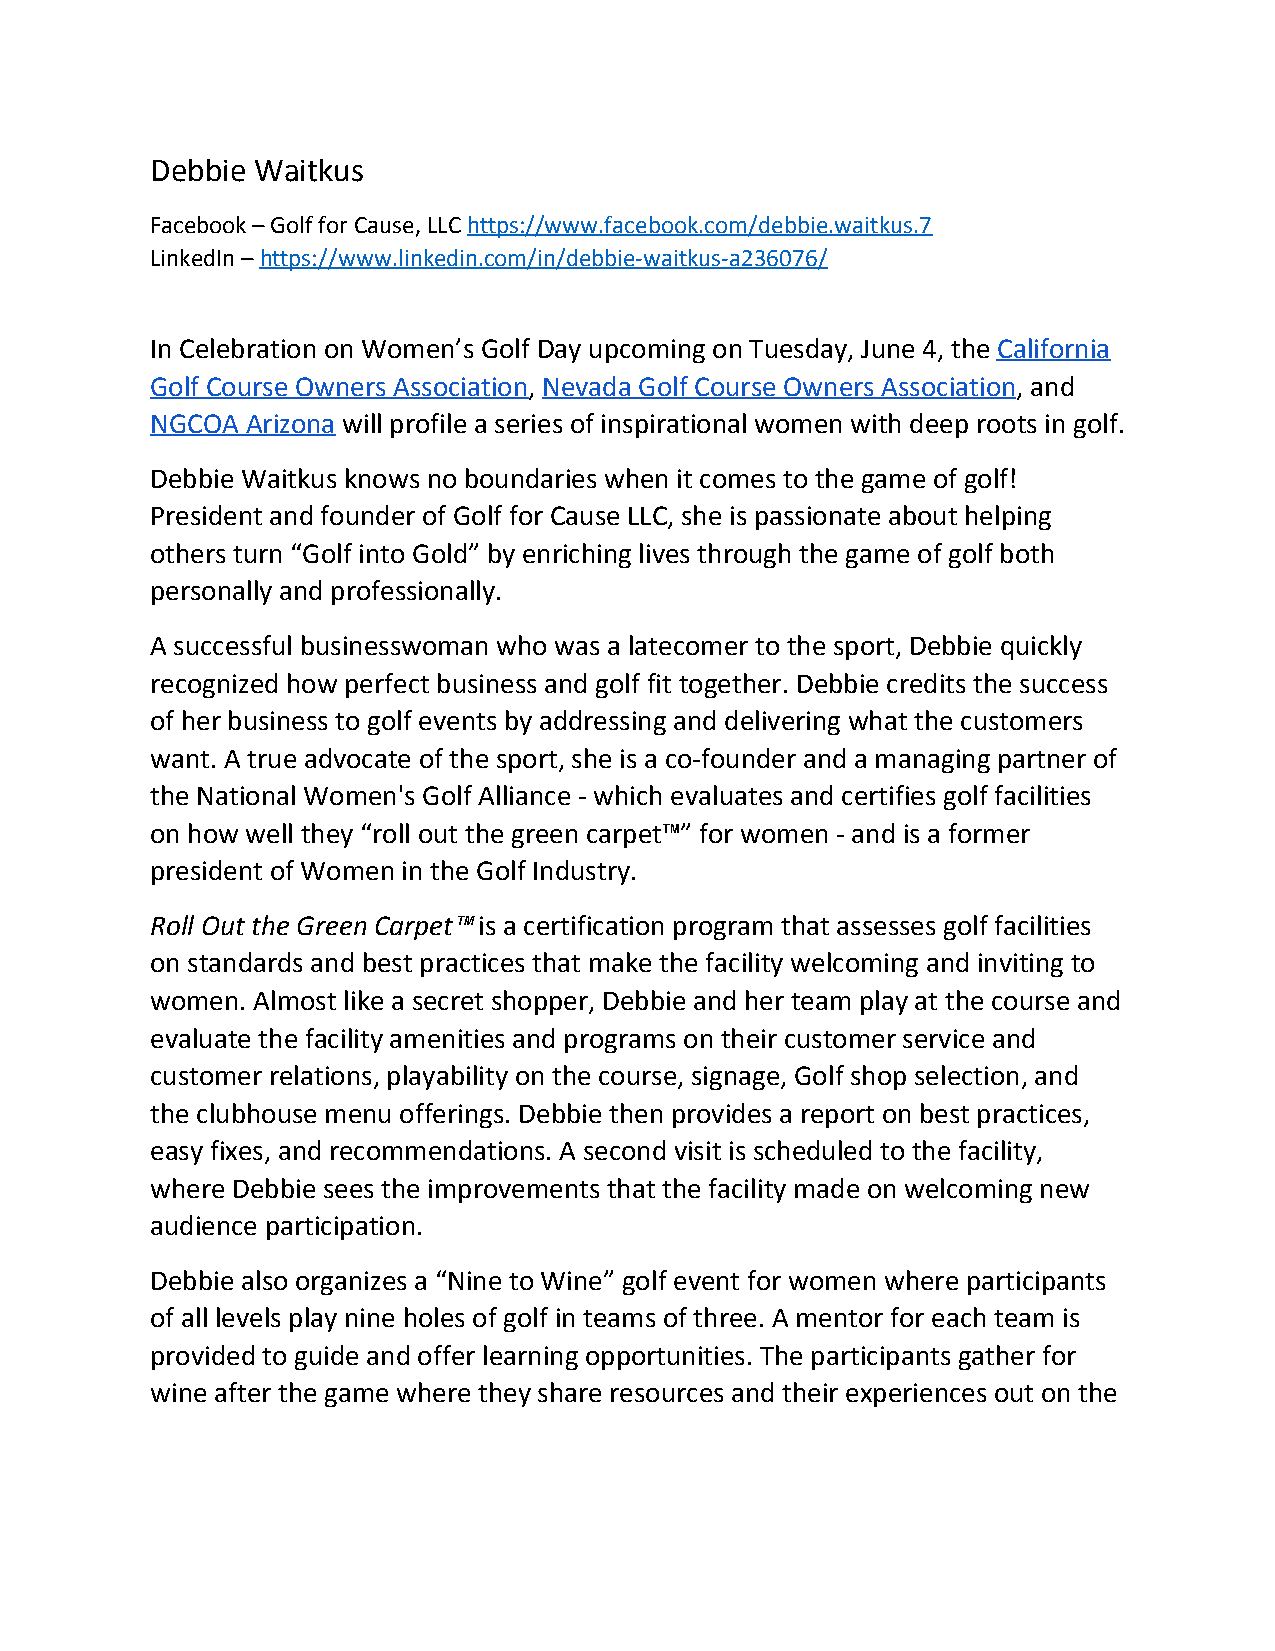
Debbie Waitkus
 Facebook – Golf for Cause, LLC https://www.facebook.com/debbie.waitkus.7
 ​
 LinkedIn – https://www.linkedin.com/in/debbie-waitkus-a236076/
 ​
 In Celebration on Women’s Golf Day upcoming on Tuesday, June 4, the California
 ​ ​
 Golf Course Owners Association, Nevada Golf Course Owners Association, and
 ​ ​ ​                           ​
 NGCOA Arizona will profile a series of inspirational women with deep roots in golf.
 ​
 Debbie Waitkus knows no boundaries when it comes to the game of golf!
 President and founder of Golf for Cause LLC, she is passionate about helping
 others turn “Golf into Gold” by enriching lives through the game of golf both
 personally and professionally.
 A successful businesswoman who was a latecomer to the sport, Debbie quickly
 recognized how perfect business and golf fit together. Debbie credits the success
 of her business to golf events by addressing and delivering what the customers
 want. A true advocate of the sport, she is a co-founder and a managing partner of
 the National Women's Golf Alliance - which evaluates and certifies golf facilities
 on how well they “roll out the green carpet ” for women - and is a former
 ™
 president of Women in the Golf Industry.
 Roll Out the Green Carpet is a certification program that assesses golf facilities
 ™​
 on standards and best practices that make the facility welcoming and inviting to
 women. Almost like a secret shopper, Debbie and her team play at the course and
 evaluate the facility amenities and programs on their customer service and
 customer relations, playability on the course, signage, Golf shop selection, and
 the clubhouse menu offerings. Debbie then provides a report on best practices,
 easy fixes, and recommendations. A second visit is scheduled to the facility,
 where Debbie sees the improvements that the facility made on welcoming new
 audience participation.
 Debbie also organizes a “Nine to Wine” golf event for women where participants
 of all levels play nine holes of golf in teams of three. A mentor for each team is
 provided to guide and offer learning opportunities. The participants gather for
 wine after the game where they share resources and their experiences out on the